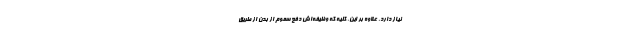
نیاز دارد. علاوه بر این، کلیه که وظیفه‌اش دفع سموم از بدن از طریق